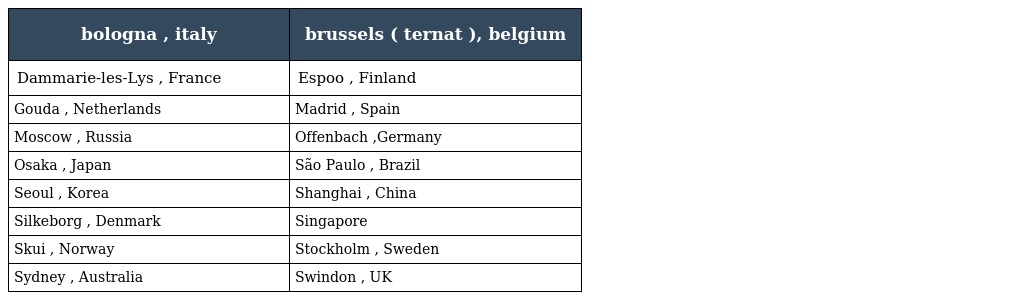
| bologna , italy | brussels ( ternat ), belgium |
 | --- | --- |
 | Dammarie-les-Lys , France | Espoo , Finland |
 | Gouda , Netherlands | Madrid , Spain |
 | Moscow , Russia | Offenbach ,Germany |
 | Osaka , Japan | São Paulo , Brazil |
 | Seoul , Korea | Shanghai , China |
 | Silkeborg , Denmark | Singapore |
 | Skui , Norway | Stockholm , Sweden |
 | Sydney , Australia | Swindon , UK |